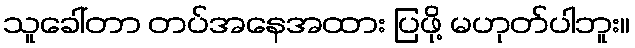
သူခေါ်တာ တပ်အနေအထား ပြဖို့ မဟုတ်ပါဘူး။